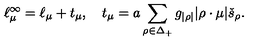
\ell _ { \mu } ^ { \infty } = \ell _ { \mu } + t _ { \mu } , \quad t _ { \mu } = a \sum _ { \rho \in \Delta _ { + } } g _ { | \rho | } | \rho \cdot \mu | \check { s } _ { \rho } .